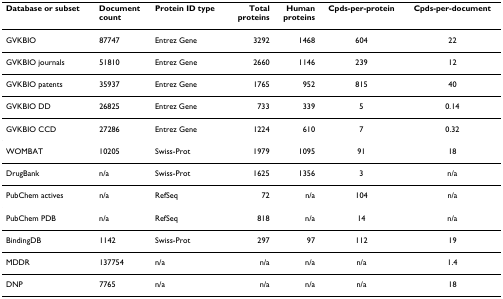
<table><thead><tr><td><b>Database or subset</b></td><td><b>Documentcount</b></td><td><b>Protein ID type</b></td><td><b>Totalproteins</b></td><td><b>Humanproteins</b></td><td><b>Cpds-per-protein</b></td><td><b>Cpds-per-document</b></td></tr></thead><tbody><tr><td>GVKBIO</td><td>87747</td><td>Entrez Gene</td><td>3292</td><td>1468</td><td>604</td><td>22</td></tr><tr><td>GVKBIO journals</td><td>51810</td><td>Entrez Gene</td><td>2660</td><td>1146</td><td>239</td><td>12</td></tr><tr><td>GVKBIO patents</td><td>35937</td><td>Entrez Gene</td><td>1765</td><td>952</td><td>815</td><td>40</td></tr><tr><td>GVKBIO DD</td><td>26825</td><td>Entrez Gene</td><td>733</td><td>339</td><td>5</td><td>0.14</td></tr><tr><td>GVKBIO CCD</td><td>27286</td><td>Entrez Gene</td><td>1224</td><td>610</td><td>7</td><td>0.32</td></tr><tr><td>WOMBAT</td><td>10205</td><td>Swiss-Prot</td><td>1979</td><td>1095</td><td>91</td><td>18</td></tr><tr><td>DrugBank</td><td>n/a</td><td>Swiss-Prot</td><td>1625</td><td>1356</td><td>3</td><td>n/a</td></tr><tr><td>PubChem actives</td><td>n/a</td><td>RefSeq</td><td>72</td><td>n/a</td><td>104</td><td>n/a</td></tr><tr><td>PubChem PDB</td><td>n/a</td><td>RefSeq</td><td>818</td><td>n/a</td><td>14</td><td>n/a</td></tr><tr><td>BindingDB</td><td>1142</td><td>Swiss-Prot</td><td>297</td><td>97</td><td>112</td><td>19</td></tr><tr><td>MDDR</td><td>137754</td><td>n/a</td><td>n/a</td><td>n/a</td><td>n/a</td><td>1.4</td></tr><tr><td>DNP</td><td>7765</td><td>n/a</td><td>n/a</td><td>n/a</td><td>n/a</td><td>18</td></tr></tbody></table>